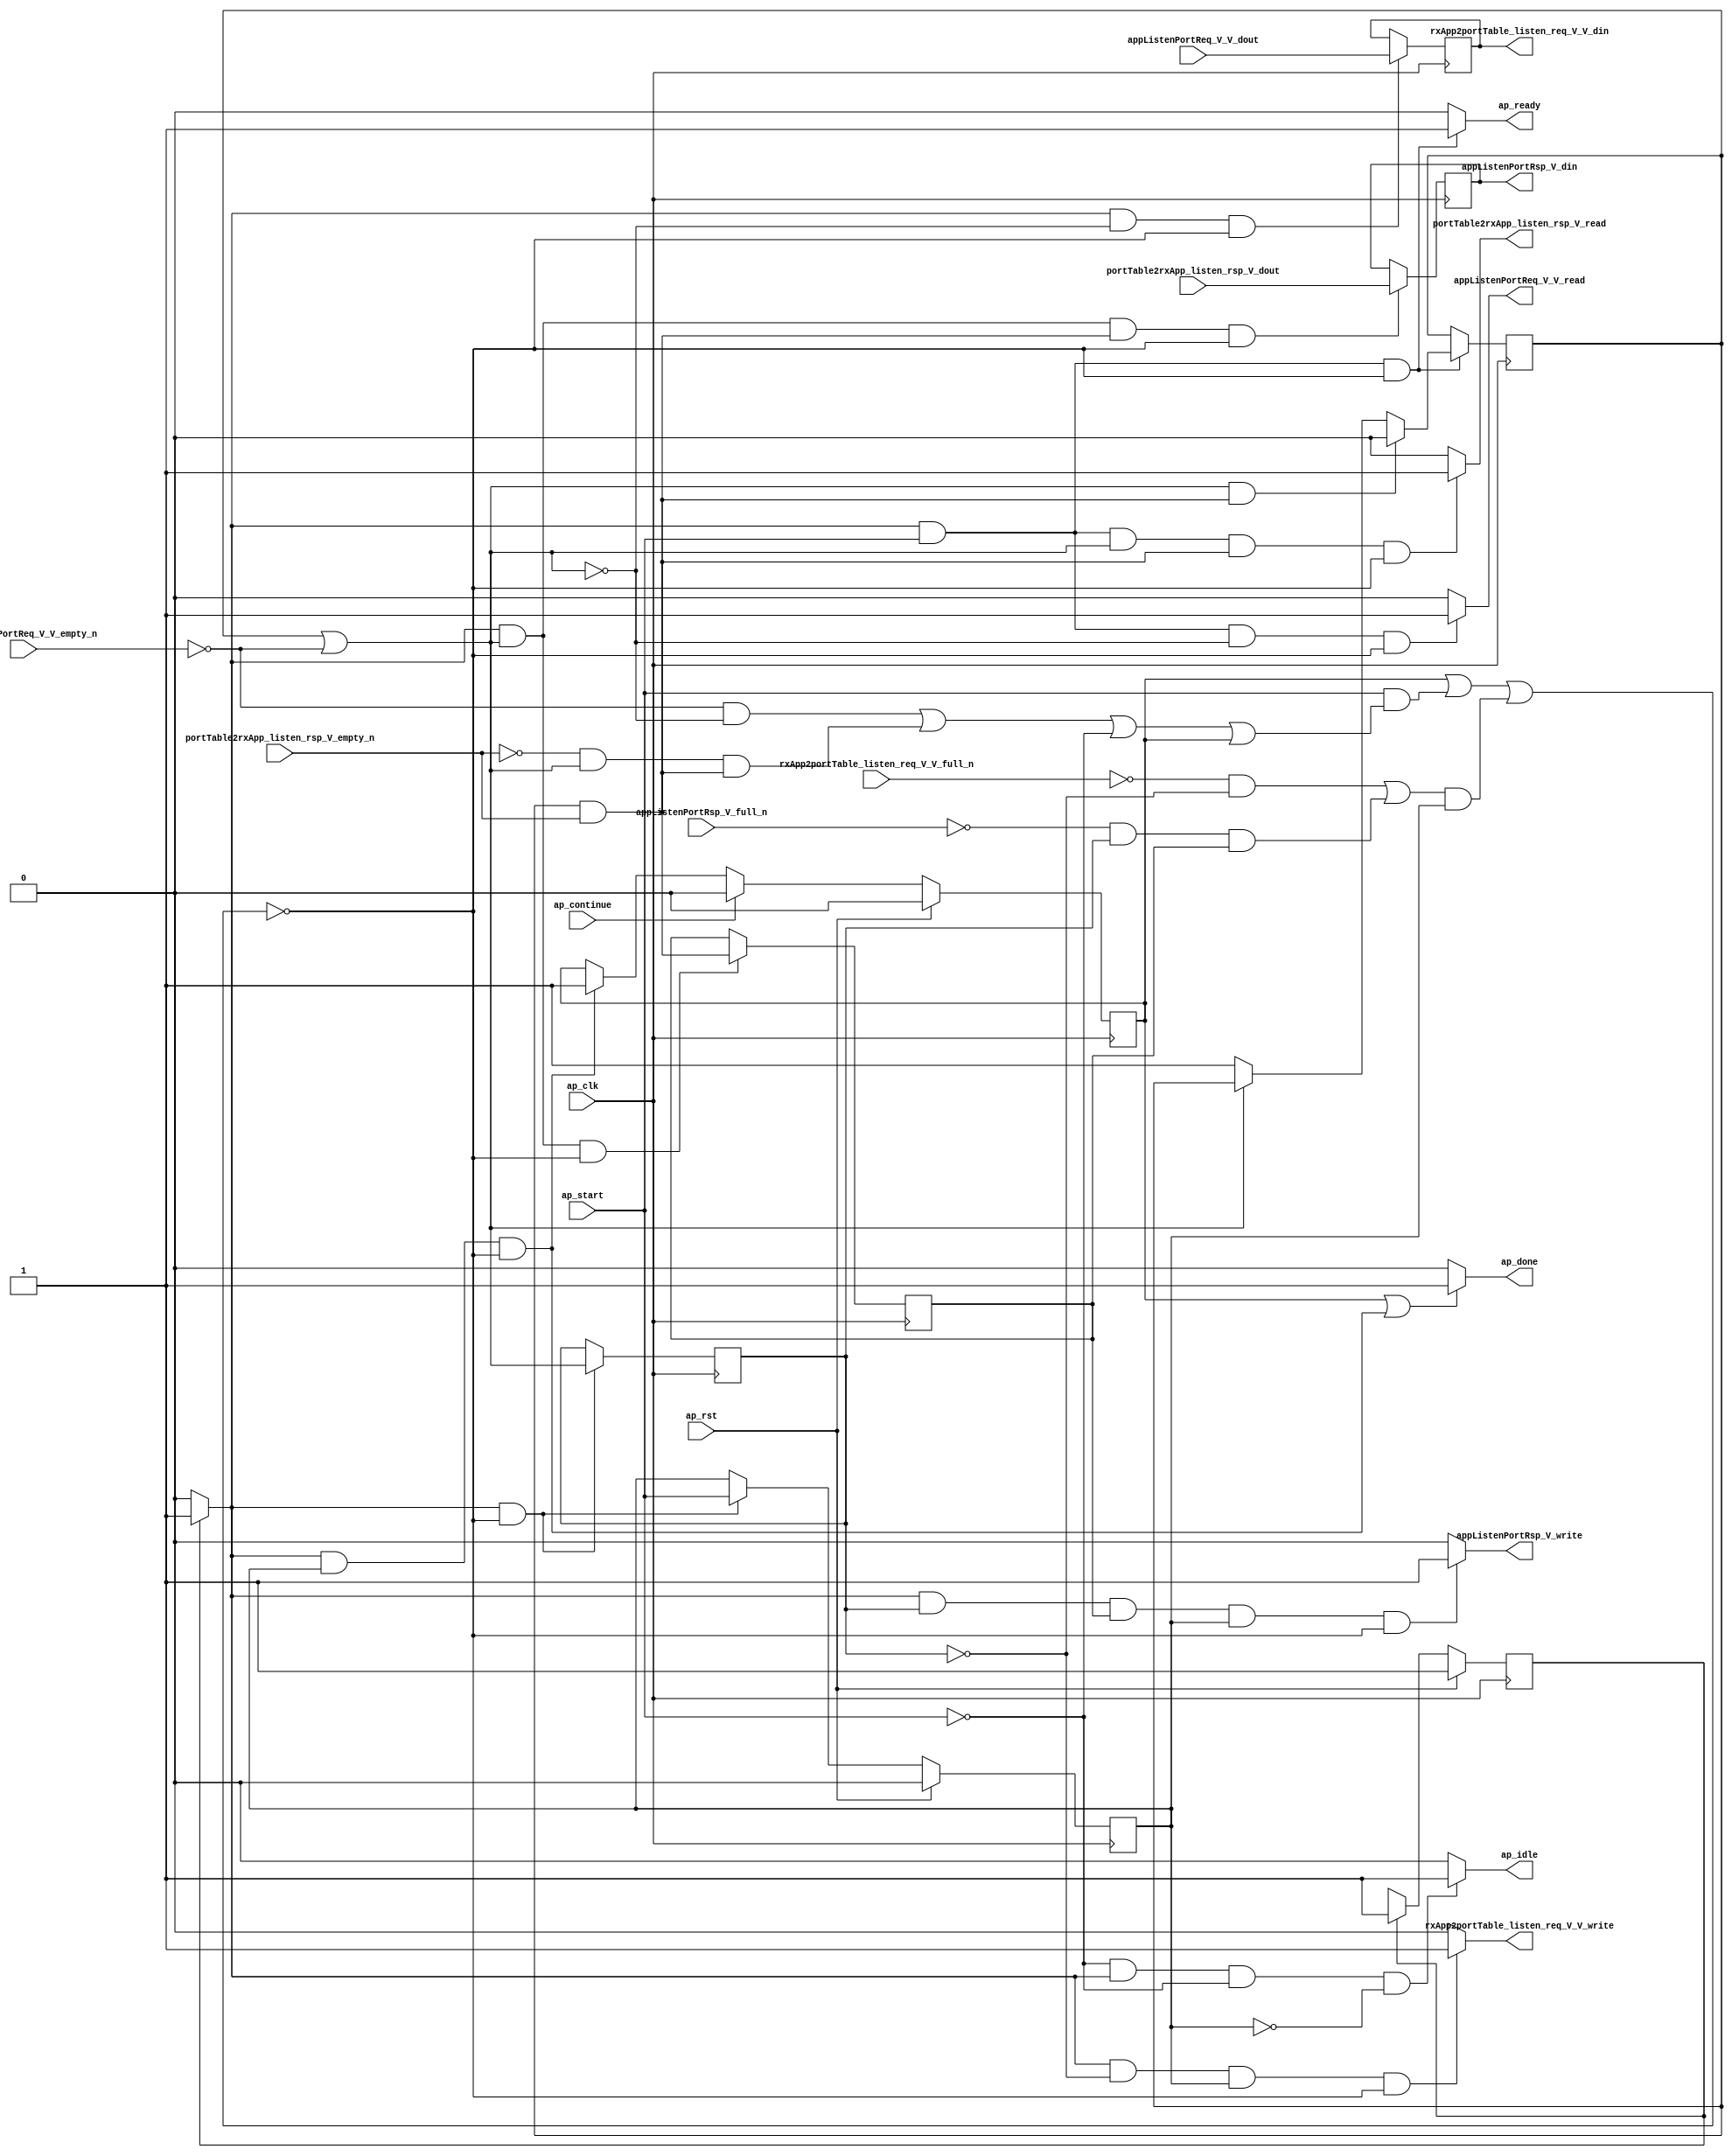
// This program was cloned from: https://github.com/mustafabbas/ECE1373_2016_hft_on_fpga
// License: MIT License

// ==============================================================
// RTL generated by Vivado(TM) HLS - High-Level Synthesis from C, C++ and SystemC
// Version: 2015.1
// Copyright (C) 2015 Xilinx Inc. All rights reserved.
// 
// ===========================================================

`timescale 1 ns / 1 ps 

module toe_rx_app_if (
        ap_clk,
        ap_rst,
        ap_start,
        ap_done,
        ap_continue,
        ap_idle,
        ap_ready,
        appListenPortReq_V_V_dout,
        appListenPortReq_V_V_empty_n,
        appListenPortReq_V_V_read,
        portTable2rxApp_listen_rsp_V_dout,
        portTable2rxApp_listen_rsp_V_empty_n,
        portTable2rxApp_listen_rsp_V_read,
        rxApp2portTable_listen_req_V_V_din,
        rxApp2portTable_listen_req_V_V_full_n,
        rxApp2portTable_listen_req_V_V_write,
        appListenPortRsp_V_din,
        appListenPortRsp_V_full_n,
        appListenPortRsp_V_write
);

parameter    ap_const_logic_1 = 1'b1;
parameter    ap_const_logic_0 = 1'b0;
parameter    ap_ST_pp0_stg0_fsm_0 = 1'b1;
parameter    ap_const_lv32_0 = 32'b00000000000000000000000000000000;
parameter    ap_const_lv1_1 = 1'b1;
parameter    ap_const_lv1_0 = 1'b0;
parameter    ap_true = 1'b1;

input   ap_clk;
input   ap_rst;
input   ap_start;
output   ap_done;
input   ap_continue;
output   ap_idle;
output   ap_ready;
input  [15:0] appListenPortReq_V_V_dout;
input   appListenPortReq_V_V_empty_n;
output   appListenPortReq_V_V_read;
input  [0:0] portTable2rxApp_listen_rsp_V_dout;
input   portTable2rxApp_listen_rsp_V_empty_n;
output   portTable2rxApp_listen_rsp_V_read;
output  [15:0] rxApp2portTable_listen_req_V_V_din;
input   rxApp2portTable_listen_req_V_V_full_n;
output   rxApp2portTable_listen_req_V_V_write;
output   appListenPortRsp_V_din;
input   appListenPortRsp_V_full_n;
output   appListenPortRsp_V_write;

reg ap_done;
reg ap_idle;
reg ap_ready;
reg appListenPortReq_V_V_read;
reg portTable2rxApp_listen_rsp_V_read;
reg rxApp2portTable_listen_req_V_V_write;
reg appListenPortRsp_V_write;
reg    ap_done_reg = 1'b0;
(* fsm_encoding = "none" *) reg   [0:0] ap_CS_fsm = 1'b1;
reg    ap_sig_cseq_ST_pp0_stg0_fsm_0;
reg    ap_sig_bdd_20;
wire    ap_reg_ppiten_pp0_it0;
reg    ap_reg_ppiten_pp0_it1 = 1'b0;
wire   [0:0] brmerge_fu_115_p2;
wire   [0:0] brmerge1_demorgan_fu_127_p2;
reg    ap_sig_bdd_60;
reg   [0:0] brmerge_reg_139;
reg   [0:0] brmerge1_demorgan_reg_148;
reg    ap_sig_bdd_82;
reg   [0:0] rai_wait = 1'b0;
reg   [15:0] tmp_V_reg_143;
reg   [0:0] tmp_481_reg_152;
wire   [0:0] tmp_not_fu_109_p0;
wire   [0:0] tmp_not_fu_109_p2;
wire   [0:0] brmerge1_demorgan_fu_127_p1;
reg   [0:0] ap_NS_fsm;
reg    ap_sig_pprstidle_pp0;
reg    ap_sig_bdd_54;
reg    ap_sig_bdd_89;




/// the current state (ap_CS_fsm) of the state machine. ///
always @ (posedge ap_clk)
begin : ap_ret_ap_CS_fsm
    if (ap_rst == 1'b1) begin
        ap_CS_fsm <= ap_ST_pp0_stg0_fsm_0;
    end else begin
        ap_CS_fsm <= ap_NS_fsm;
    end
end

/// ap_done_reg assign process. ///
always @ (posedge ap_clk)
begin : ap_ret_ap_done_reg
    if (ap_rst == 1'b1) begin
        ap_done_reg <= ap_const_logic_0;
    end else begin
        if ((ap_const_logic_1 == ap_continue)) begin
            ap_done_reg <= ap_const_logic_0;
        end else if (((ap_const_logic_1 == ap_sig_cseq_ST_pp0_stg0_fsm_0) & (ap_const_logic_1 == ap_reg_ppiten_pp0_it1) & ~((ap_done_reg == ap_const_logic_1) | ((ap_const_logic_1 == ap_reg_ppiten_pp0_it0) & ap_sig_bdd_60) | (ap_sig_bdd_82 & (ap_const_logic_1 == ap_reg_ppiten_pp0_it1))))) begin
            ap_done_reg <= ap_const_logic_1;
        end
    end
end

/// ap_reg_ppiten_pp0_it1 assign process. ///
always @ (posedge ap_clk)
begin : ap_ret_ap_reg_ppiten_pp0_it1
    if (ap_rst == 1'b1) begin
        ap_reg_ppiten_pp0_it1 <= ap_const_logic_0;
    end else begin
        if (((ap_const_logic_1 == ap_sig_cseq_ST_pp0_stg0_fsm_0) & ~((ap_done_reg == ap_const_logic_1) | ((ap_const_logic_1 == ap_reg_ppiten_pp0_it0) & ap_sig_bdd_60) | (ap_sig_bdd_82 & (ap_const_logic_1 == ap_reg_ppiten_pp0_it1))))) begin
            ap_reg_ppiten_pp0_it1 <= ap_reg_ppiten_pp0_it0;
        end
    end
end

/// assign process. ///
always @(posedge ap_clk)
begin
    if (ap_sig_bdd_89) begin
        if (ap_sig_bdd_54) begin
            rai_wait <= ap_const_lv1_0;
        end else if ((brmerge_fu_115_p2 == ap_const_lv1_0)) begin
            rai_wait <= ap_const_lv1_1;
        end
    end
end

/// assign process. ///
always @(posedge ap_clk)
begin
    if (((ap_const_logic_1 == ap_sig_cseq_ST_pp0_stg0_fsm_0) & ~(brmerge_fu_115_p2 == ap_const_lv1_0) & ~((ap_done_reg == ap_const_logic_1) | ((ap_const_logic_1 == ap_reg_ppiten_pp0_it0) & ap_sig_bdd_60) | (ap_sig_bdd_82 & (ap_const_logic_1 == ap_reg_ppiten_pp0_it1))))) begin
        brmerge1_demorgan_reg_148 <= brmerge1_demorgan_fu_127_p2;
    end
end

/// assign process. ///
always @(posedge ap_clk)
begin
    if (((ap_const_logic_1 == ap_sig_cseq_ST_pp0_stg0_fsm_0) & ~((ap_done_reg == ap_const_logic_1) | ((ap_const_logic_1 == ap_reg_ppiten_pp0_it0) & ap_sig_bdd_60) | (ap_sig_bdd_82 & (ap_const_logic_1 == ap_reg_ppiten_pp0_it1))))) begin
        brmerge_reg_139 <= brmerge_fu_115_p2;
    end
end

/// assign process. ///
always @(posedge ap_clk)
begin
    if (((ap_const_logic_1 == ap_sig_cseq_ST_pp0_stg0_fsm_0) & ~(brmerge_fu_115_p2 == ap_const_lv1_0) & ~(ap_const_lv1_0 == brmerge1_demorgan_fu_127_p2) & ~((ap_done_reg == ap_const_logic_1) | ((ap_const_logic_1 == ap_reg_ppiten_pp0_it0) & ap_sig_bdd_60) | (ap_sig_bdd_82 & (ap_const_logic_1 == ap_reg_ppiten_pp0_it1))))) begin
        tmp_481_reg_152 <= portTable2rxApp_listen_rsp_V_dout;
    end
end

/// assign process. ///
always @(posedge ap_clk)
begin
    if (((ap_const_logic_1 == ap_sig_cseq_ST_pp0_stg0_fsm_0) & (brmerge_fu_115_p2 == ap_const_lv1_0) & ~((ap_done_reg == ap_const_logic_1) | ((ap_const_logic_1 == ap_reg_ppiten_pp0_it0) & ap_sig_bdd_60) | (ap_sig_bdd_82 & (ap_const_logic_1 == ap_reg_ppiten_pp0_it1))))) begin
        tmp_V_reg_143 <= appListenPortReq_V_V_dout;
    end
end

/// ap_done assign process. ///
always @ (ap_done_reg or ap_sig_cseq_ST_pp0_stg0_fsm_0 or ap_reg_ppiten_pp0_it0 or ap_reg_ppiten_pp0_it1 or ap_sig_bdd_60 or ap_sig_bdd_82)
begin
    if (((ap_const_logic_1 == ap_done_reg) | ((ap_const_logic_1 == ap_sig_cseq_ST_pp0_stg0_fsm_0) & (ap_const_logic_1 == ap_reg_ppiten_pp0_it1) & ~((ap_done_reg == ap_const_logic_1) | ((ap_const_logic_1 == ap_reg_ppiten_pp0_it0) & ap_sig_bdd_60) | (ap_sig_bdd_82 & (ap_const_logic_1 == ap_reg_ppiten_pp0_it1)))))) begin
        ap_done = ap_const_logic_1;
    end else begin
        ap_done = ap_const_logic_0;
    end
end

/// ap_idle assign process. ///
always @ (ap_start or ap_sig_cseq_ST_pp0_stg0_fsm_0 or ap_reg_ppiten_pp0_it0 or ap_reg_ppiten_pp0_it1)
begin
    if ((~(ap_const_logic_1 == ap_start) & (ap_const_logic_1 == ap_sig_cseq_ST_pp0_stg0_fsm_0) & (ap_const_logic_0 == ap_reg_ppiten_pp0_it0) & (ap_const_logic_0 == ap_reg_ppiten_pp0_it1))) begin
        ap_idle = ap_const_logic_1;
    end else begin
        ap_idle = ap_const_logic_0;
    end
end

/// ap_ready assign process. ///
always @ (ap_done_reg or ap_sig_cseq_ST_pp0_stg0_fsm_0 or ap_reg_ppiten_pp0_it0 or ap_reg_ppiten_pp0_it1 or ap_sig_bdd_60 or ap_sig_bdd_82)
begin
    if (((ap_const_logic_1 == ap_sig_cseq_ST_pp0_stg0_fsm_0) & (ap_const_logic_1 == ap_reg_ppiten_pp0_it0) & ~((ap_done_reg == ap_const_logic_1) | ((ap_const_logic_1 == ap_reg_ppiten_pp0_it0) & ap_sig_bdd_60) | (ap_sig_bdd_82 & (ap_const_logic_1 == ap_reg_ppiten_pp0_it1))))) begin
        ap_ready = ap_const_logic_1;
    end else begin
        ap_ready = ap_const_logic_0;
    end
end

/// ap_sig_cseq_ST_pp0_stg0_fsm_0 assign process. ///
always @ (ap_sig_bdd_20)
begin
    if (ap_sig_bdd_20) begin
        ap_sig_cseq_ST_pp0_stg0_fsm_0 = ap_const_logic_1;
    end else begin
        ap_sig_cseq_ST_pp0_stg0_fsm_0 = ap_const_logic_0;
    end
end

/// ap_sig_pprstidle_pp0 assign process. ///
always @ (ap_start or ap_reg_ppiten_pp0_it0)
begin
    if (((ap_const_logic_0 == ap_reg_ppiten_pp0_it0) & (ap_const_logic_0 == ap_start))) begin
        ap_sig_pprstidle_pp0 = ap_const_logic_1;
    end else begin
        ap_sig_pprstidle_pp0 = ap_const_logic_0;
    end
end

/// appListenPortReq_V_V_read assign process. ///
always @ (ap_done_reg or ap_sig_cseq_ST_pp0_stg0_fsm_0 or ap_reg_ppiten_pp0_it0 or ap_reg_ppiten_pp0_it1 or brmerge_fu_115_p2 or ap_sig_bdd_60 or ap_sig_bdd_82)
begin
    if (((ap_const_logic_1 == ap_sig_cseq_ST_pp0_stg0_fsm_0) & (ap_const_logic_1 == ap_reg_ppiten_pp0_it0) & (brmerge_fu_115_p2 == ap_const_lv1_0) & ~((ap_done_reg == ap_const_logic_1) | ((ap_const_logic_1 == ap_reg_ppiten_pp0_it0) & ap_sig_bdd_60) | (ap_sig_bdd_82 & (ap_const_logic_1 == ap_reg_ppiten_pp0_it1))))) begin
        appListenPortReq_V_V_read = ap_const_logic_1;
    end else begin
        appListenPortReq_V_V_read = ap_const_logic_0;
    end
end

/// appListenPortRsp_V_write assign process. ///
always @ (ap_done_reg or ap_sig_cseq_ST_pp0_stg0_fsm_0 or ap_reg_ppiten_pp0_it0 or ap_reg_ppiten_pp0_it1 or ap_sig_bdd_60 or brmerge_reg_139 or brmerge1_demorgan_reg_148 or ap_sig_bdd_82)
begin
    if (((ap_const_logic_1 == ap_sig_cseq_ST_pp0_stg0_fsm_0) & ~(ap_const_lv1_0 == brmerge_reg_139) & ~(ap_const_lv1_0 == brmerge1_demorgan_reg_148) & (ap_const_logic_1 == ap_reg_ppiten_pp0_it1) & ~((ap_done_reg == ap_const_logic_1) | ((ap_const_logic_1 == ap_reg_ppiten_pp0_it0) & ap_sig_bdd_60) | (ap_sig_bdd_82 & (ap_const_logic_1 == ap_reg_ppiten_pp0_it1))))) begin
        appListenPortRsp_V_write = ap_const_logic_1;
    end else begin
        appListenPortRsp_V_write = ap_const_logic_0;
    end
end

/// portTable2rxApp_listen_rsp_V_read assign process. ///
always @ (ap_done_reg or ap_sig_cseq_ST_pp0_stg0_fsm_0 or ap_reg_ppiten_pp0_it0 or ap_reg_ppiten_pp0_it1 or brmerge_fu_115_p2 or brmerge1_demorgan_fu_127_p2 or ap_sig_bdd_60 or ap_sig_bdd_82)
begin
    if (((ap_const_logic_1 == ap_sig_cseq_ST_pp0_stg0_fsm_0) & (ap_const_logic_1 == ap_reg_ppiten_pp0_it0) & ~(brmerge_fu_115_p2 == ap_const_lv1_0) & ~(ap_const_lv1_0 == brmerge1_demorgan_fu_127_p2) & ~((ap_done_reg == ap_const_logic_1) | ((ap_const_logic_1 == ap_reg_ppiten_pp0_it0) & ap_sig_bdd_60) | (ap_sig_bdd_82 & (ap_const_logic_1 == ap_reg_ppiten_pp0_it1))))) begin
        portTable2rxApp_listen_rsp_V_read = ap_const_logic_1;
    end else begin
        portTable2rxApp_listen_rsp_V_read = ap_const_logic_0;
    end
end

/// rxApp2portTable_listen_req_V_V_write assign process. ///
always @ (ap_done_reg or ap_sig_cseq_ST_pp0_stg0_fsm_0 or ap_reg_ppiten_pp0_it0 or ap_reg_ppiten_pp0_it1 or ap_sig_bdd_60 or brmerge_reg_139 or ap_sig_bdd_82)
begin
    if (((ap_const_logic_1 == ap_sig_cseq_ST_pp0_stg0_fsm_0) & (ap_const_lv1_0 == brmerge_reg_139) & (ap_const_logic_1 == ap_reg_ppiten_pp0_it1) & ~((ap_done_reg == ap_const_logic_1) | ((ap_const_logic_1 == ap_reg_ppiten_pp0_it0) & ap_sig_bdd_60) | (ap_sig_bdd_82 & (ap_const_logic_1 == ap_reg_ppiten_pp0_it1))))) begin
        rxApp2portTable_listen_req_V_V_write = ap_const_logic_1;
    end else begin
        rxApp2portTable_listen_req_V_V_write = ap_const_logic_0;
    end
end
/// the next state (ap_NS_fsm) of the state machine. ///
always @ (ap_done_reg or ap_CS_fsm or ap_reg_ppiten_pp0_it0 or ap_reg_ppiten_pp0_it1 or ap_sig_bdd_60 or ap_sig_bdd_82 or ap_sig_pprstidle_pp0)
begin
    case (ap_CS_fsm)
        ap_ST_pp0_stg0_fsm_0 : 
        begin
            ap_NS_fsm = ap_ST_pp0_stg0_fsm_0;
        end
        default : 
        begin
            ap_NS_fsm = 'bx;
        end
    endcase
end

assign ap_reg_ppiten_pp0_it0 = ap_start;

/// ap_sig_bdd_20 assign process. ///
always @ (ap_CS_fsm)
begin
    ap_sig_bdd_20 = (ap_CS_fsm[ap_const_lv32_0] == ap_const_lv1_1);
end

/// ap_sig_bdd_54 assign process. ///
always @ (brmerge_fu_115_p2 or brmerge1_demorgan_fu_127_p2)
begin
    ap_sig_bdd_54 = (~(brmerge_fu_115_p2 == ap_const_lv1_0) & ~(ap_const_lv1_0 == brmerge1_demorgan_fu_127_p2));
end

/// ap_sig_bdd_60 assign process. ///
always @ (ap_start or ap_done_reg or appListenPortReq_V_V_empty_n or brmerge_fu_115_p2 or portTable2rxApp_listen_rsp_V_empty_n or brmerge1_demorgan_fu_127_p2)
begin
    ap_sig_bdd_60 = (((appListenPortReq_V_V_empty_n == ap_const_logic_0) & (brmerge_fu_115_p2 == ap_const_lv1_0)) | ((portTable2rxApp_listen_rsp_V_empty_n == ap_const_logic_0) & ~(brmerge_fu_115_p2 == ap_const_lv1_0) & ~(ap_const_lv1_0 == brmerge1_demorgan_fu_127_p2)) | (ap_start == ap_const_logic_0) | (ap_done_reg == ap_const_logic_1));
end

/// ap_sig_bdd_82 assign process. ///
always @ (rxApp2portTable_listen_req_V_V_full_n or brmerge_reg_139 or appListenPortRsp_V_full_n or brmerge1_demorgan_reg_148)
begin
    ap_sig_bdd_82 = (((rxApp2portTable_listen_req_V_V_full_n == ap_const_logic_0) & (ap_const_lv1_0 == brmerge_reg_139)) | ((appListenPortRsp_V_full_n == ap_const_logic_0) & ~(ap_const_lv1_0 == brmerge_reg_139) & ~(ap_const_lv1_0 == brmerge1_demorgan_reg_148)));
end

/// ap_sig_bdd_89 assign process. ///
always @ (ap_done_reg or ap_sig_cseq_ST_pp0_stg0_fsm_0 or ap_reg_ppiten_pp0_it0 or ap_reg_ppiten_pp0_it1 or ap_sig_bdd_60 or ap_sig_bdd_82)
begin
    ap_sig_bdd_89 = ((ap_const_logic_1 == ap_sig_cseq_ST_pp0_stg0_fsm_0) & (ap_const_logic_1 == ap_reg_ppiten_pp0_it0) & ~((ap_done_reg == ap_const_logic_1) | ((ap_const_logic_1 == ap_reg_ppiten_pp0_it0) & ap_sig_bdd_60) | (ap_sig_bdd_82 & (ap_const_logic_1 == ap_reg_ppiten_pp0_it1))));
end
assign appListenPortRsp_V_din = tmp_481_reg_152;
assign brmerge1_demorgan_fu_127_p1 = portTable2rxApp_listen_rsp_V_empty_n;
assign brmerge1_demorgan_fu_127_p2 = (rai_wait & brmerge1_demorgan_fu_127_p1);
assign brmerge_fu_115_p2 = (rai_wait | tmp_not_fu_109_p2);
assign rxApp2portTable_listen_req_V_V_din = tmp_V_reg_143;
assign tmp_not_fu_109_p0 = appListenPortReq_V_V_empty_n;
assign tmp_not_fu_109_p2 = (tmp_not_fu_109_p0 ^ ap_const_lv1_1);


endmodule //toe_rx_app_if